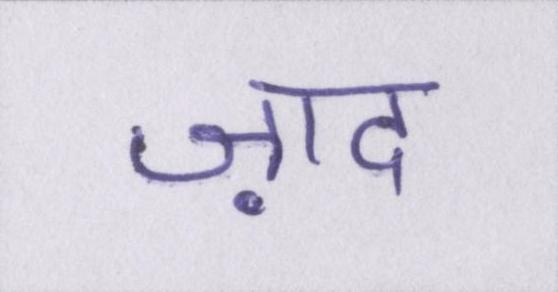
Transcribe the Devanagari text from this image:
ज़ाद